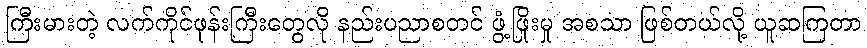
ကြီးမားတဲ့ လက်ကိုင်ဖုန်းကြီးတွေလို နည်းပညာစတင် ဖွံ့ဖြိုးမှု အစသာ ဖြစ်တယ်လို့ ယူဆကြတာ